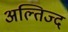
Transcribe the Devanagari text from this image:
अल्तिज्द